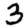
Digit: 3